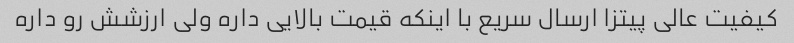
کیفیت عالی پیتزا ارسال سریع با اینکه قیمت بالایی داره ولی ارزشش رو داره